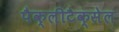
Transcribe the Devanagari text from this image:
पैक्लीटैक्सेल